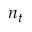
n _ { t }